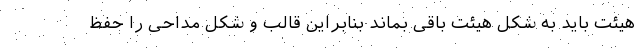
هیئت باید به شکل هیئت باقی بماند بنابراین قالب و شکل مداحی را حفظ